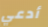
أدعي